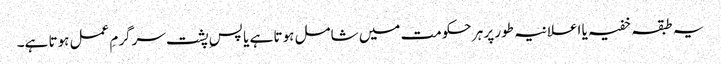
یہ طبقہ خفیہ یا اعلانیہ طور پر ہر حکومت میں شامل ہوتا ہے یا پسِ پشت سرگرمِ عمل ہوتا ہے۔